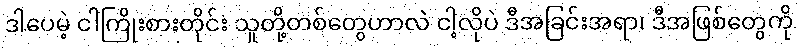
ဒါပေမဲ့ ငါကြိုးစားတိုင်း သူတို့တစ်တွေဟာလဲ ငါ့လိုပဲ ဒီအခြင်းအရာ၊ ဒီအဖြစ်တွေကို